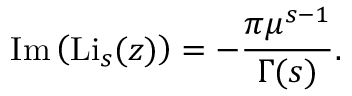
\operatorname { I m } \left( \operatorname { L i } _ { s } ( z ) \right) = - { \frac { \pi \mu ^ { s - 1 } } { \Gamma ( s ) } } .